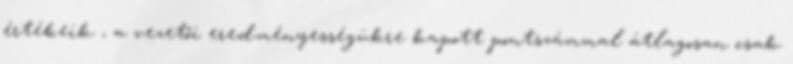
értékeik , a vezetői eredményességükre kapott pontszámmal átlagosan csak